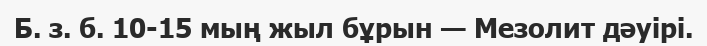
Б. з. б. 10-15 мың жыл бұрын — Мезолит дәуірі.